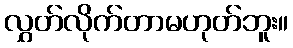
လွှတ်လိုက်တာမဟုတ်ဘူး။